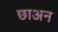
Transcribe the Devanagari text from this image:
छाअन